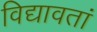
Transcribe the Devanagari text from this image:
विद्यावतां